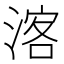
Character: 𱧠